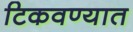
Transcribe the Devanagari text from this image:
टिकवण्यात